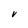
Character: V